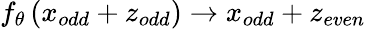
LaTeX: f_{\theta}\left(x_{odd}+z_{odd}\right)\rightarrow x_{odd}+z_{even}